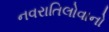
નવરાતિલોવાનો